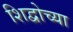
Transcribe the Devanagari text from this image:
शिद्वोच्या